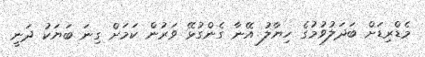
މެޑްރިޑަށް ބަދަލުވުމުގެ ހިޔާލު އޭނާ ގެންގުޅޭ ވަރުން ކަމަށް ގިނަ ބަޔަކު ދަނީ